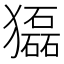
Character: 𤢿